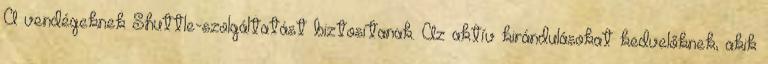
A vendégeknek Shuttle-szolgáltatást biztosítanak. Az aktív kirándulásokat kedvelőknek, akik